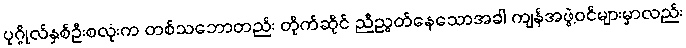
ပုဂ္ဂိုလ်နှစ်ဦးစလုံးက တစ်သဘောတည်း တိုက်ဆိုင် ညီညွတ်နေသောအခါ ကျန်အဖွဲ့ဝင်များမှာလည်း